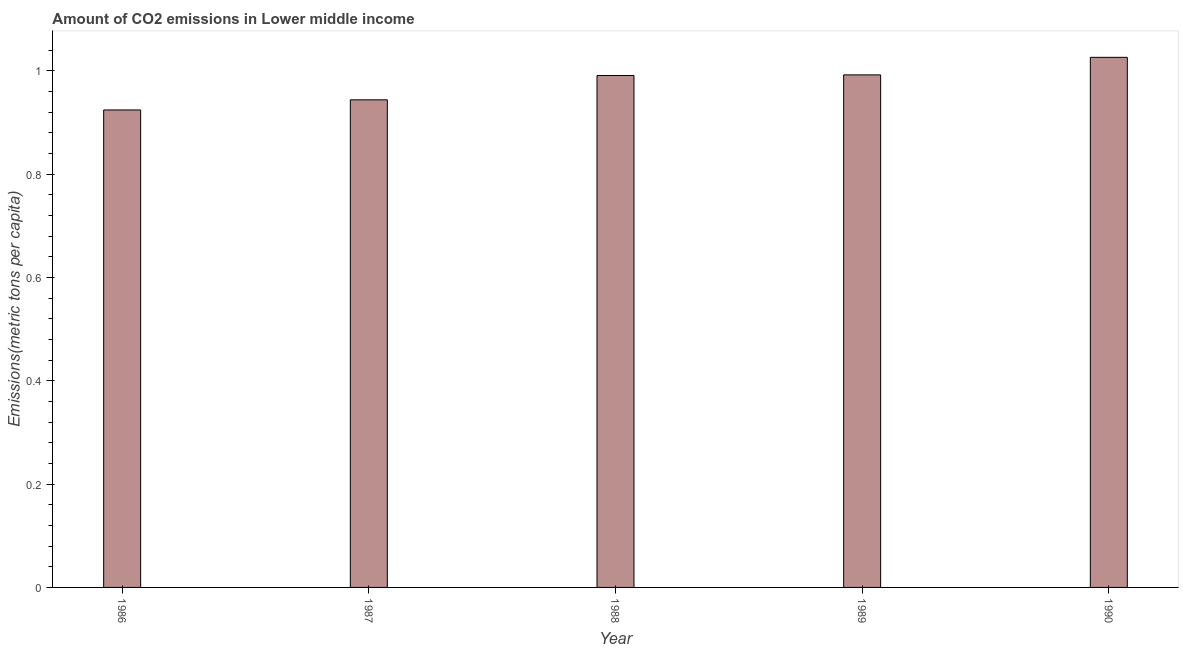
| Year | CO2 emissions |
 | --- | --- |
 | 1986 | 0.924 |
 | 1987 | 0.944 |
 | 1988 | 0.991 |
 | 1989 | 0.992 |
 | 1990 | 1.03 |